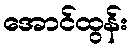
အောင်ထွန်း